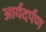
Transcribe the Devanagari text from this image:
आर्यदर्पण